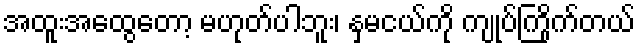
အထူးအထွေတော့ မဟုတ်ပါဘူး၊ နှမငယ်ကို ကျုပ်ကြိုက်တယ်